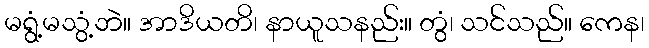
မရွံ့မသွံ့ဘဲ။ အာဒိယတိ၊ နာယူသနည်း။ တွံ၊ သင်သည်။ ကေန၊